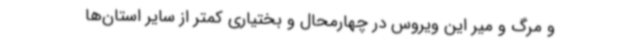
و مرگ و میر این ویروس در چهارمحال و بختیاری کمتر از سایر استان‌ها